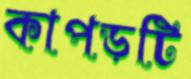
কাপড়টি